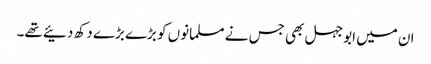
ان میں ابوجہل بھی جس نے مسلمانوں کو بڑے بڑے دکھ دئیے تھے۔